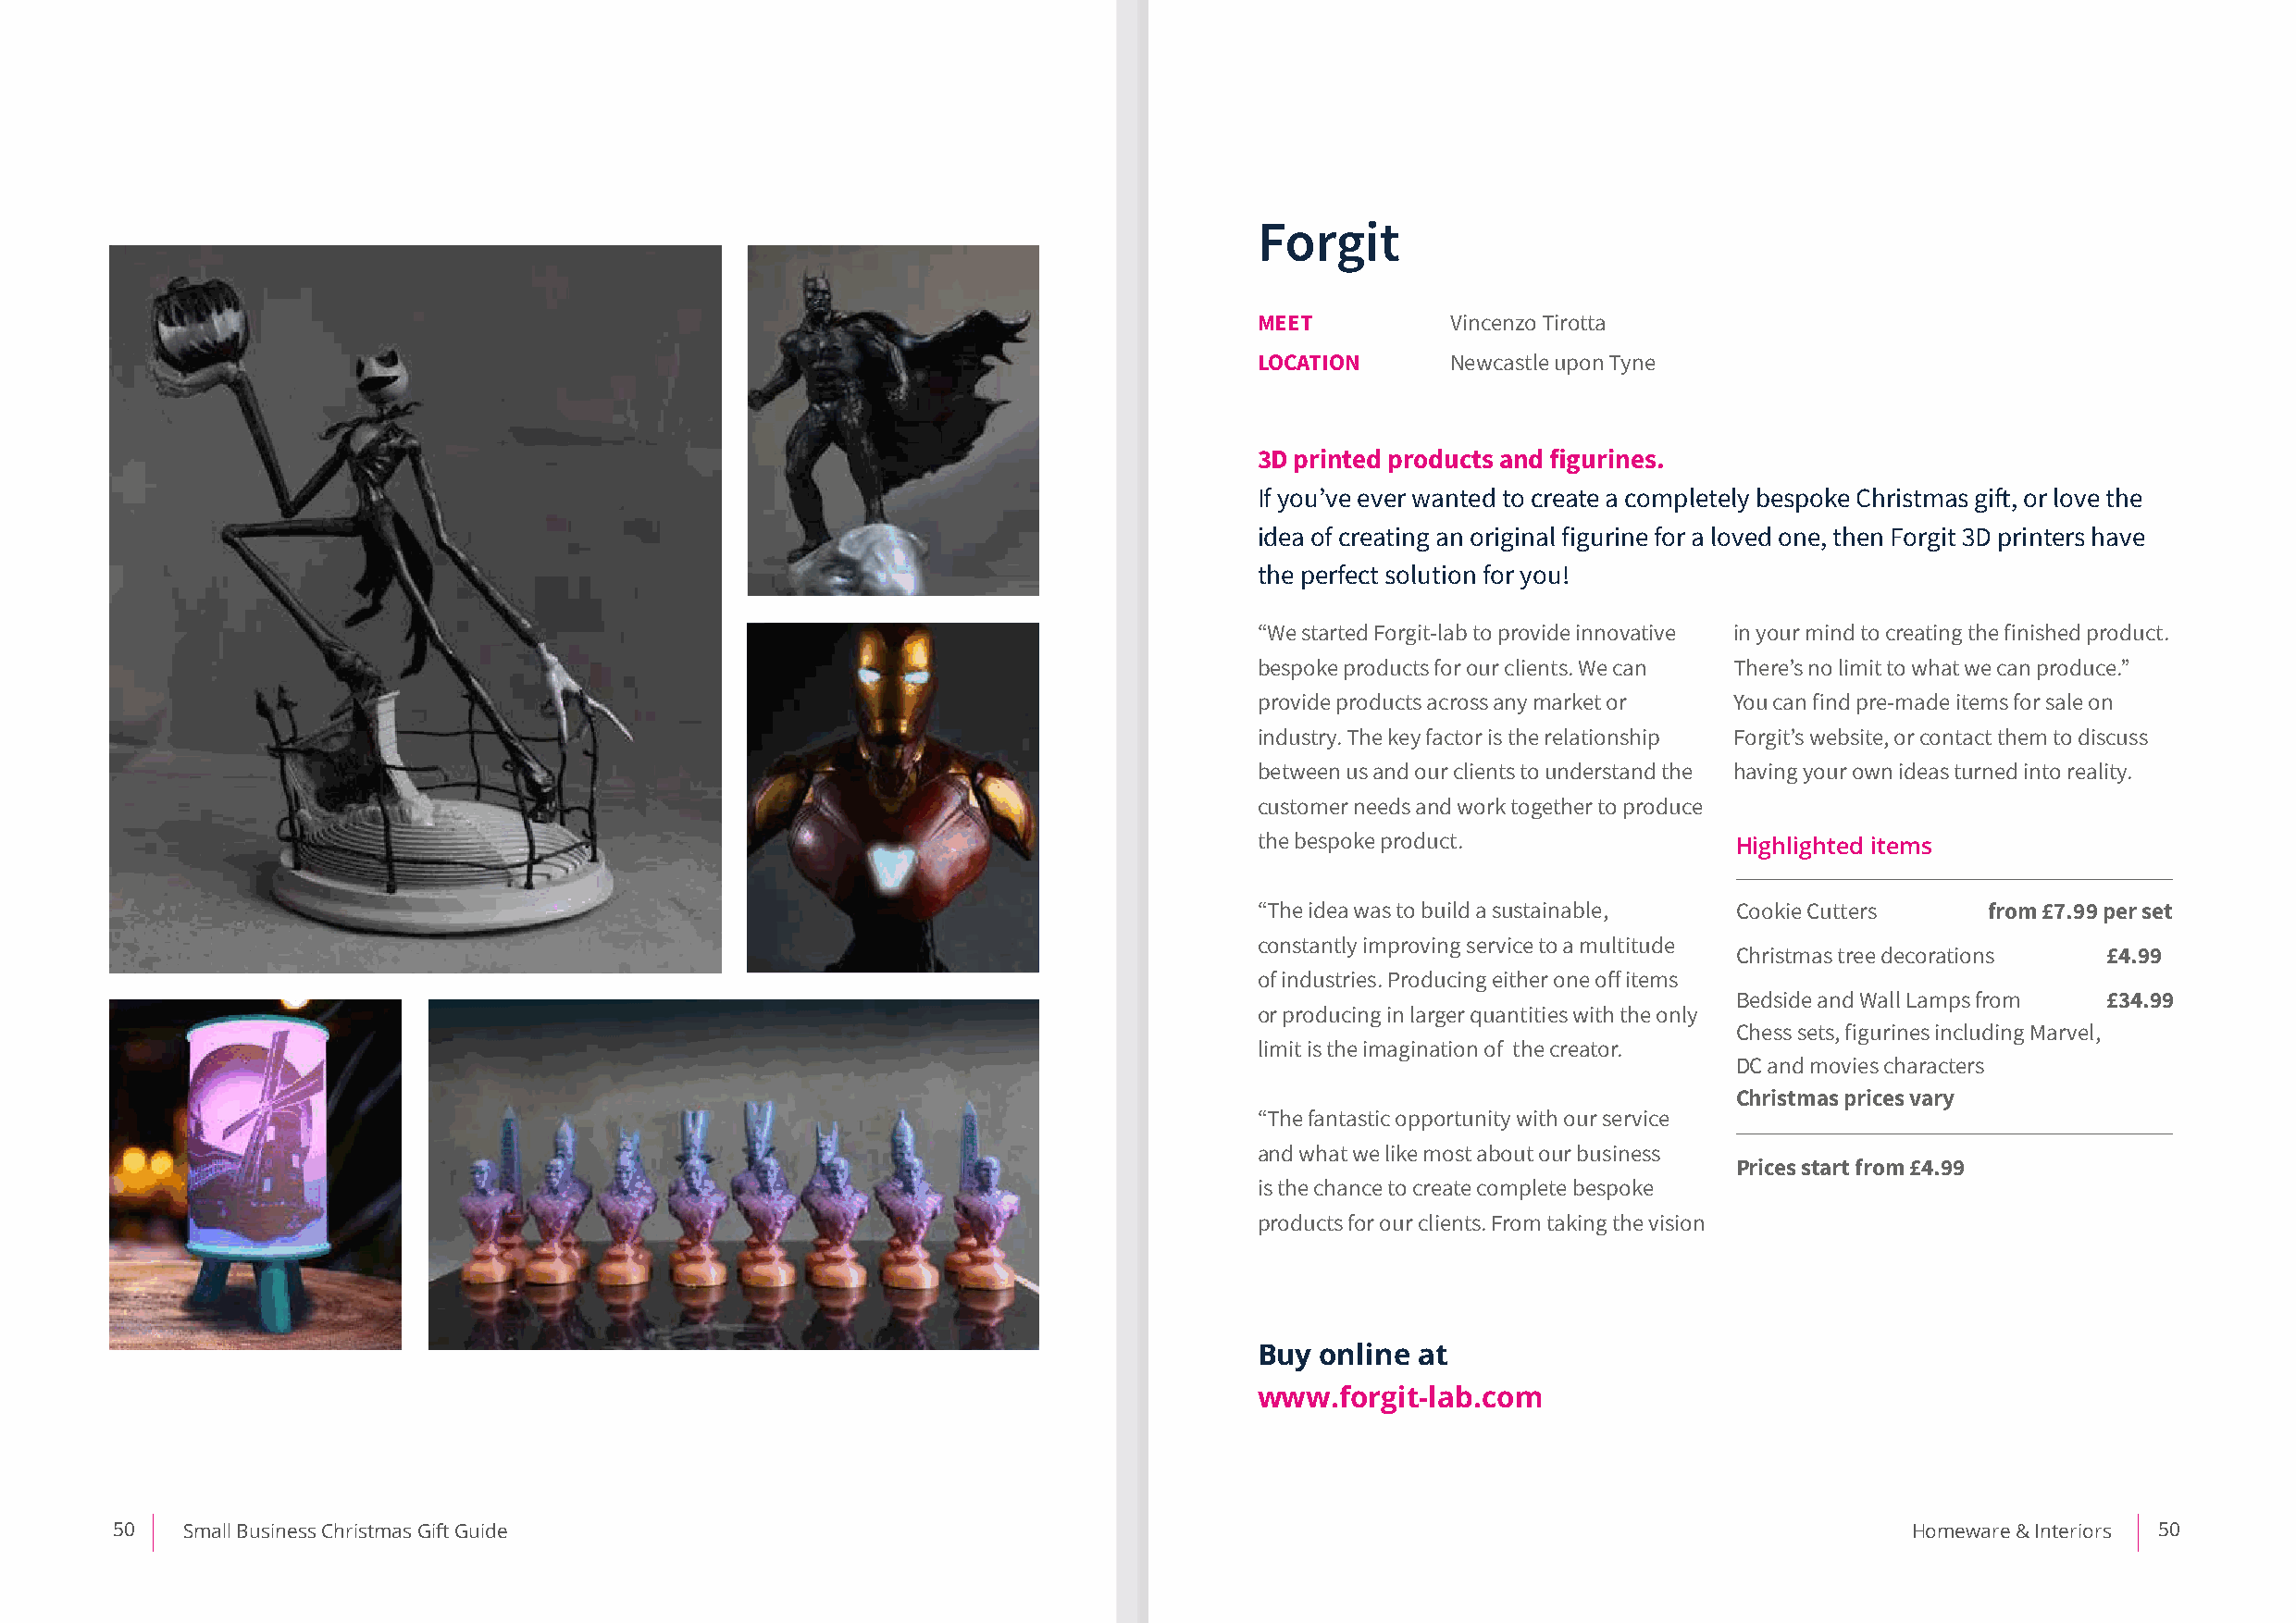
Forgit
 MEET          Vincenzo Tirotta
 LOCATION      Newcastle upon Tyne
 3D printed products and figurines.
 If you’ve ever wanted to create a completely bespoke Christmas gift, or love the
 idea of creating an original figurine for a loved one, then Forgit 3D printers have
 the perfect solution for you!
 “We started Forgit-lab to provide innovative in your mind to creating the finished product.
 bespoke products for our clients. We can There’s no limit to what we can produce.”
 provide products across any market or You can find pre-made items for sale on
 industry. The key factor is the relationship Forgit’s website, or contact them to discuss
 between us and our clients to understand the having your own ideas turned into reality.
 customer needs and work together to produce
 the bespoke product.              Highlighted items
 “The idea was to build a sustainable, Cookie Cutters from £7.99 per set
 constantly improving service to a multitude
 Christmas tree decorations £4.99
 of industries. Producing either one off items
 Bedside and Wall Lamps from £34.99
 or producing in larger quantities with the only
 Chess sets, figurines including Marvel,
 limit is the imagination of the creator.
 DC and movies characters
 Christmas prices vary
 “The fantastic opportunity with our service
 and what we like most about our business
 Prices start from £4.99
 is the chance to create complete bespoke
 products for our clients. From taking the vision
 Buy online at
 www.forgit-lab.com
 50   Small Business Christmas Gift Guide                                                                                         Homeware & Interiors 50